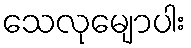
သေလုမျောပါး